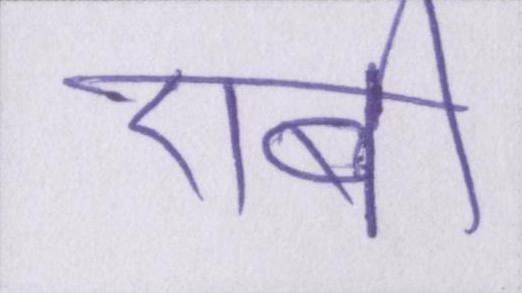
एबी